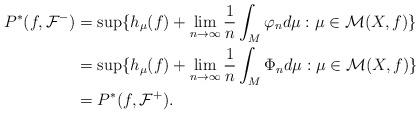
LaTeX: \begin{align*}P^*(f, \mathcal{F}^-)&= \sup\{ h_\mu(f) + \lim_{n \rightarrow \infty} \frac{1}{n} \int_M \varphi_n d \mu : \mu \in \mathcal{M}(X, f) \}\\&= \sup\{ h_\mu(f) + \lim_{n \rightarrow \infty} \frac{1}{n} \int_M \Phi_n d \mu : \mu \in \mathcal{M}(X, f) \} \\&=P^*(f, \mathcal{F}^+). \end{align*}